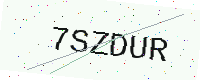
Text: 7SZDUR